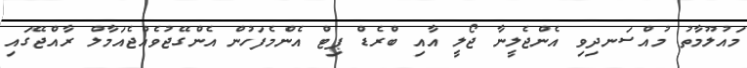
މައުލޫމާތު މުއްސަނދިވި އެންޖެލީނާ ޖޯލީ އާއި ބްރެޑް ޕިޓް އެންމެފަހުން އެންގޭޖުވެއްޖެއަމާލް ރާއްޖޭގައި